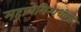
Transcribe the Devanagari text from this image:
महायेगिन्यधीश्वरि